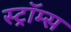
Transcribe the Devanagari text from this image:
स्ट्रॉम्स